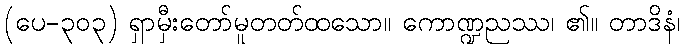
(ပေ-၃၀၃) ရှာမှီးတော်မူတတ်ထသော။ ကောဏ္ဍညဿ၊ ၏။ တာဒိနံ၊